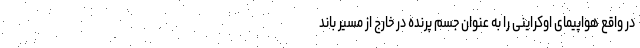
در واقع هواپیمای اوکراینی را به عنوان جسم پرنده در خارج از مسیر باند